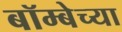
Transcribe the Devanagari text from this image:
बॉम्बेच्या